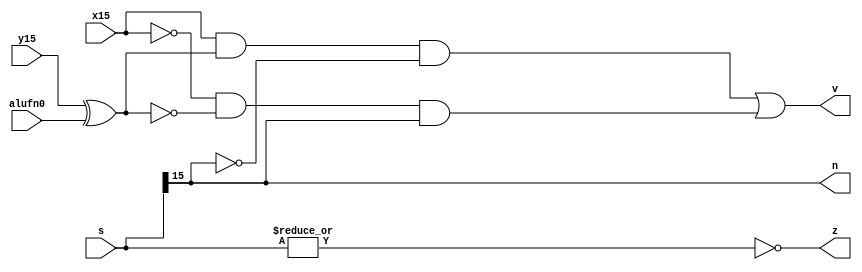
/*
   This file was generated automatically by Alchitry Labs version 1.2.1.
   Do not edit this file directly. Instead edit the original Lucid source.
   This is a temporary file and any changes made to it will be destroyed.
*/

module find_zvn_23 (
    input [15:0] s,
    input x15,
    input y15,
    input alufn0,
    output reg z,
    output reg v,
    output reg n
  );
  
  
  
  always @* begin
    z = (~|s);
    v = (x15 & (y15 ^ alufn0) & !s[15+0-:1]) | (!x15 & !(y15 ^ alufn0) & s[15+0-:1]);
    n = s[15+0-:1];
  end
endmodule